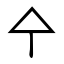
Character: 㐃